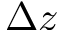
\Delta z